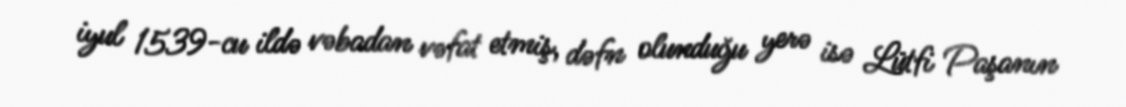
iyul 1539-cu ildə vəbadan vəfat etmiş, dəfn olunduğu yerə isə Lütfi Paşanın